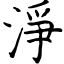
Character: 淨